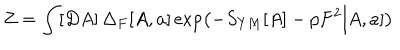
Z = \int [ D A ] \, \Delta _ { F } [ A , a ] \exp \left( - S _ { Y M } [ A ] - p F ^ { 2 } [ A , a ] \right)